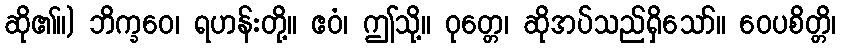
ဆို၏။) ဘိက္ခဝေ၊ ရဟန်းတို့။ ဧဝံ၊ ဤသို့။ ဝုတ္တေ၊ ဆိုအပ်သည်ရှိသော်။ ဝေပစိတ္တိ၊